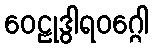
ဝေဠုဒွါရဝဂ္ဂေါ